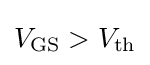
V_{\text{GS}}>V_{\text{th}}